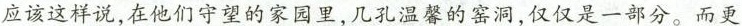
应该这样说，在他们守望的家园里，几孔温馨的窑洞，仅仅是一部分。而更